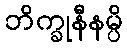
ဘိက္ခုနီနမ္ပိ